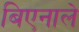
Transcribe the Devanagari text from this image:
बिएनाले